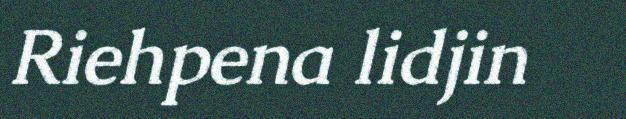
Riehpena lidjin